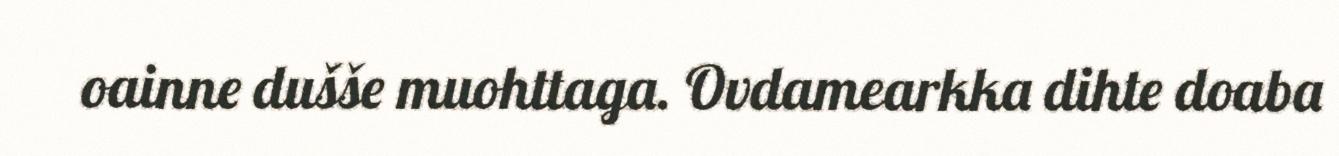
oainne dušše muohttaga. Ovdamearkka dihte doaba